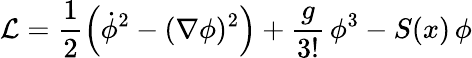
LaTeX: {\cal L}=\frac 12\left(\dot{\phi}^{2}-(\nabla\phi)^{2}\right)+\frac{g}{3!}\, \phi^{3}-S(x)\, \phi